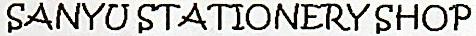
SANYU STATIONERY SHOP